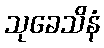
သုခေသိနံ